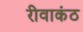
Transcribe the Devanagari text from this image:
रीवाकंठ